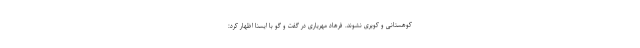
کوهستانی و کویری نشوند. فرهاد مهریاری در گفت و گو با ایسنا اظهار کرد: